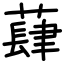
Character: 蕼